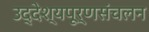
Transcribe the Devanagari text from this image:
उद्देश्यपूर्णसंचलन